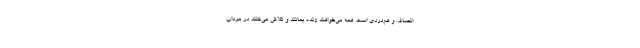
انصاف و هم‌دردی است. همه می‌خواهند زنده بمانند و تلاش می‌کنند در مرداب